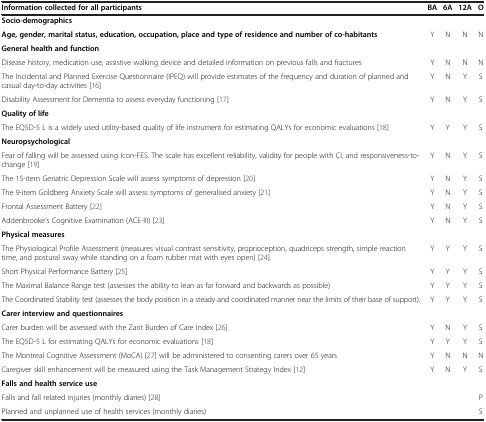
<table><thead><tr><td><b>Information collected for all participants</b></td><td><b>BA</b></td><td><b>6A</b></td><td><b>12A</b></td><td><b>O</b></td></tr></thead><tbody><tr><td><b>Socio-demographics</b></td><td> </td><td> </td><td> </td><td> </td></tr><tr><td><b>Age, gender, marital status, education, occupation, place and type of residence and number of co-habitants</b></td><td>Y</td><td>N</td><td>N</td><td>N</td></tr><tr><td><b>General health and function</b></td><td> </td><td> </td><td> </td><td> </td></tr><tr><td>Disease history, medication use, assistive walking device and detailed information on previous falls and fractures</td><td>Y</td><td>N</td><td>N</td><td>N</td></tr><tr><td>The Incidental and Planned Exercise Questionnaire (IPEQ) will provide estimates of the frequency and duration of planned and casual day-to-day activities [16]</td><td>Y</td><td>N</td><td>Y</td><td>S</td></tr><tr><td>Disability Assessment for Dementia to assess everyday functioning [17]</td><td>Y</td><td>N</td><td>Y</td><td>S</td></tr><tr><td><b>Quality of life</b></td><td> </td><td> </td><td> </td><td> </td></tr><tr><td>The EQ5D-5 L is a widely used utility-based quality of life instrument for estimating QALYs for economic evaluations [18]</td><td>Y</td><td>Y</td><td>Y</td><td>S</td></tr><tr><td><b>Neuropsychological</b></td><td> </td><td> </td><td> </td><td> </td></tr><tr><td>Fear of falling will be assessed using Icon-FES. The scale has excellent reliability, validity for people with CI, and responsiveness-to-change [19]</td><td>Y</td><td>N</td><td>Y</td><td>S</td></tr><tr><td>The 15-item Geriatric Depression Scale will assess symptoms of depression [20]</td><td>Y</td><td>N</td><td>Y</td><td>S</td></tr><tr><td>The 9-item Goldberg Anxiety Scale will assess symptoms of generalised anxiety [21]</td><td>Y</td><td>N</td><td>Y</td><td>S</td></tr><tr><td>Frontal Assessment Battery [22]</td><td>Y</td><td>N</td><td>Y</td><td>S</td></tr><tr><td>Addenbrooke’s Cognitive Examination (ACE-III) [23]</td><td>Y</td><td>N</td><td>Y</td><td>S</td></tr><tr><td><b>Physical measures</b></td><td> </td><td> </td><td> </td><td> </td></tr><tr><td>The Physiological Profile Assessment (measures visual contrast sensitivity, proprioception, quadriceps strength, simple reaction time, and postural sway while standing on a foam rubber mat with eyes open) [24].</td><td>Y</td><td>Y</td><td>Y</td><td>S</td></tr><tr><td>Short Physical Performance Battery [25]</td><td>Y</td><td>Y</td><td>Y</td><td>S</td></tr><tr><td>The Maximal Balance Range test (assesses the ability to lean as far forward and backwards as possible)</td><td>Y</td><td>Y</td><td>Y</td><td>S</td></tr><tr><td>The Coordinated Stability test (assesses the body position in a steady and coordinated manner near the limits of their base of support).</td><td>Y</td><td>Y</td><td>Y</td><td>S</td></tr><tr><td><b>Carer interview and questionnaires</b></td><td> </td><td> </td><td> </td><td> </td></tr><tr><td>Carer burden will be assessed with the Zarit Burden of Care Index [26]</td><td>Y</td><td>N</td><td>Y</td><td>S</td></tr><tr><td>The EQ5D-5 L for estimating QALYs for economic evaluations [18]</td><td>Y</td><td>Y</td><td>Y</td><td>S</td></tr><tr><td>The Montreal Cognitive Assessment (MoCA) [27] will be administered to consenting carers over 65 years</td><td>Y</td><td>N</td><td>N</td><td>N</td></tr><tr><td>Caregiver skill enhancement will be measured using the Task Management Strategy Index [12]</td><td>Y</td><td>N</td><td>Y</td><td>S</td></tr><tr><td><b>Falls and health service use</b></td><td> </td><td> </td><td> </td><td> </td></tr><tr><td>Falls and fall related injuries (monthly diaries) [28]</td><td> </td><td> </td><td> </td><td>P</td></tr><tr><td>Planned and unplanned use of health services (monthly diaries)</td><td> </td><td> </td><td> </td><td>S</td></tr></tbody></table>